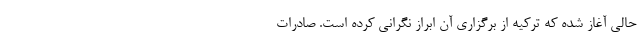
حالی آغاز شده که ترکیه از برگزاری آن ابراز نگرانی کرده است. صادرات